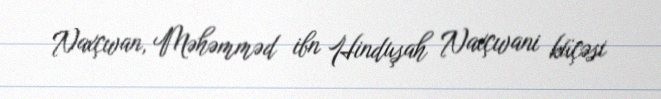
Naxçıvan, Məhəmməd ibn Hinduşah Naxçıvani küçəsi